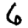
Digit: 6